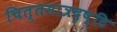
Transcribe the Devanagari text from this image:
चित्तमात्रदृष्टि